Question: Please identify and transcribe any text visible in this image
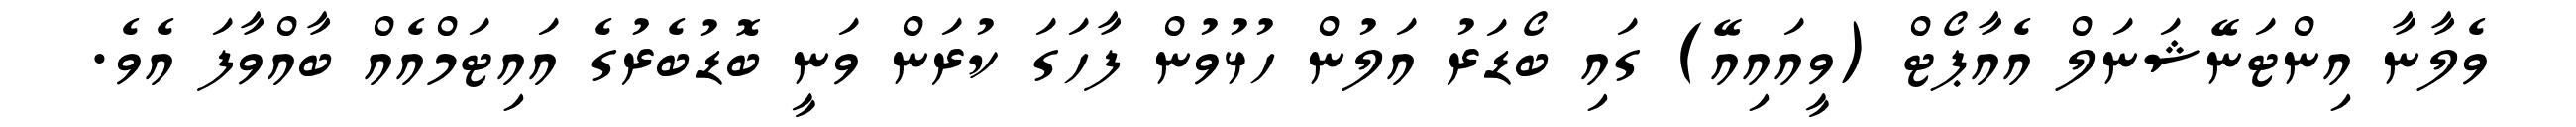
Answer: ވެލާނާ އިންޓަނޭޝަނަލް އެއާޕޯޓް (ވީއައިއޭ) ގައި ބޯޑަރު އަލުން ހުޅުވުން ފާހަގަ ކުރަން ވަނީ ބޮޑުބެރުގެ އައިޓަމްއެއް ބާއްވާފަ އެވެ.